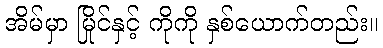
အိမ်မှာ မြိုင်နှင့် ကိုကို နှစ်ယောက်တည်း။